Report on vaccination proceedings throughout the Government of Bengal -
Year: 1868
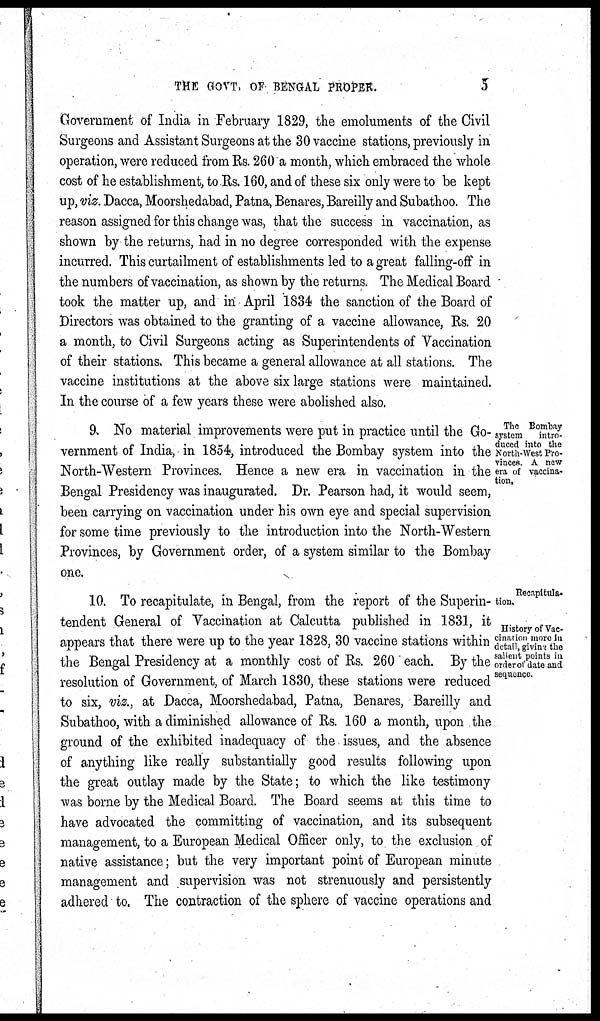
THE GOVT. OF BENGAL PROPER.
5
Government of India in February 1829, the emoluments of the Civil
Surgeons and Assistant Surgeons at the 30 vaccine stations, previously in
operation, were reduced from Rs. 260 a month, which embraced the whole
cost of he establishment, to Rs. 160, and of these six only were to be kept
up, viz. Dacca, Moorshedabad, Patna, Benares, Bareilly and Subathoo. The
reason assigned for this change was, that the success in vaccination, as
shown by the returns, had in no degree corresponded with the expense
incurred. This curtailment of establishments led to a great falling-off in
the numbers of vaccination, as shown by the returns. The Medical Board
took the matter up, and in April 1834 the sanction of the Board of
Directors was obtained to the granting of a vaccine allowance, Rs. 20
a month, to Civil Surgeons acting as Superintendents of Vaccination
of their stations. This became a general allowance at all stations. The
vaccine institutions at the above six large stations were maintained.
In the course of a few years these were abolished also.
The Bombay
system
intro-
duced into the
North-West Pro-
vinces A new
era of vaccina-
tion,
9. No material improvements were put in practice until the Go-
vernment of India, in 1854, introduced the Bombay system into the
North-Western Provinces. Hence a new era in vaccination in the
Bengal Presidency was inaugurated. Dr. Pearson had, it would seem,
been carrying on vaccination under his own eye and special supervision
for some time previously to the introduction into the North-Western
Provinces, by Government order, of a system similar to the Bombay
one.
Recapitula¬
tion.
History of Vac-
cination more in
detail, giving the
salient points in
order of date and
sequence.
10. To recapitulate, in Bengal, from the report of the Superin-
tendent General of Vaccination at Calcutta published in 1831, it
appears that there were up to the year 1828, 30 vaccine stations within
the Bengal Presidency at a monthly cost of Rs. 260 each. By the
resolution of Government, of March 1830, these stations were reduced
to six, viz., at Dacca, Moorshedabad, Patna, Benares, Bareilly and
Subathoo, with a diminished allowance of Rs. 160 a month, upon the
ground of the exhibited inadequacy of the issues, and the absence
of anything like really substantially good results following upon
the great outlay made by the State; to which the like testimony
was borne by the Medical Board. The Board seems at this time to
have advocated the committing of vaccination, and its subsequent
management, to a European Medical Officer only, to the exclusion of
native assistance; but the very important point of European minute
management and supervision was not strenuously and persistently
adhered to. The contraction of the sphere of vaccine operations and